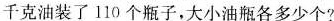
千克油装了110个瓶子，大小油瓶各多少个?